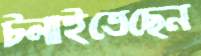
টলাইতেছেন